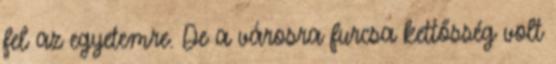
fel az egyetemre. De a városra furcsa kettősség volt